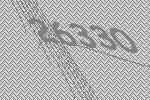
26330